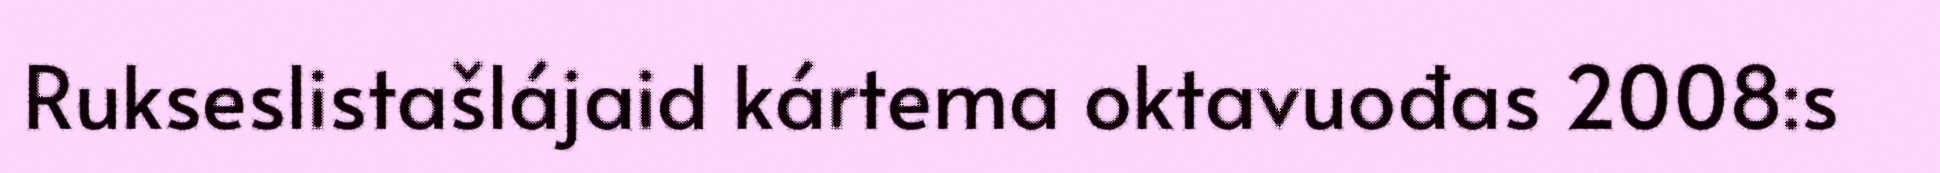
Rukseslistašlájaid kártema oktavuođas 2008:s